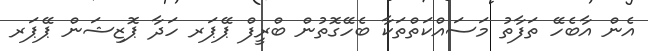
އެން އާބެހޭ ތަފާތު މަސައްކަތްތަކާ ބެހޭގޮތުން ބްރީފް ޕޭޕަރ ހަދާ ޕޮޒިޝަން ޕޭޕަރ